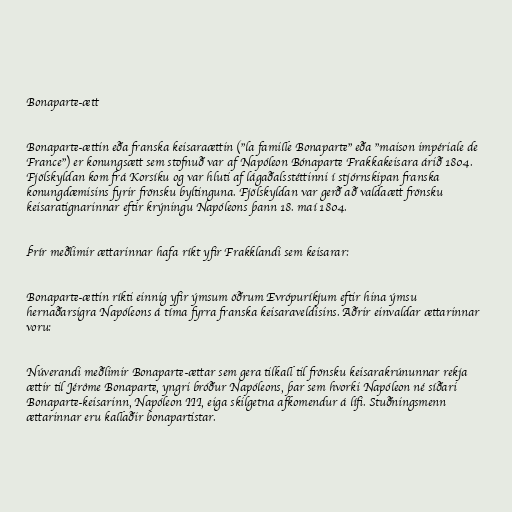
Bonaparte-ætt

Bonaparte-ættin eða franska keisaraættin ("la famille Bonaparte" eða "maison impériale de
France") er konungsætt sem stofnuð var af Napóleon Bónaparte Frakkakeisara árið 1804.
Fjölskyldan kom frá Korsíku og var hluti af lágaðalsstéttinni í stjórnskipan franska
konungdæmisins fyrir frönsku byltinguna. Fjölskyldan var gerð að valdaætt frönsku
keisaratignarinnar eftir krýningu Napóleons þann 18. maí 1804.

Þrír meðlimir ættarinnar hafa ríkt yfir Frakklandi sem keisarar:

Bonaparte-ættin ríkti einnig yfir ýmsum öðrum Evrópuríkjum eftir hina ýmsu
hernaðarsigra Napóleons á tíma fyrra franska keisaraveldisins. Aðrir einvaldar ættarinnar
voru:

Núverandi meðlimir Bonaparte-ættar sem gera tilkall til frönsku keisarakrúnunnar rekja
ættir til Jérôme Bonaparte, yngri bróður Napóleons, þar sem hvorki Napóleon né síðari
Bonaparte-keisarinn, Napóleon III, eiga skilgetna afkomendur á lífi. Stuðningsmenn
ættarinnar eru kallaðir bonapartistar.